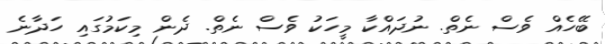
ބޭހެއް ވެސް ނެތް. ނުދައްކާ މީހަކު ވެސް ނެތް. ދެން މިކަމުގައި ހަދާނެ